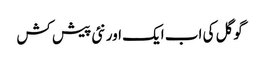
گوگل کی اب ایک اور نئی پیش کش